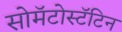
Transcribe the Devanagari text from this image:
सोमॅटोस्टॅटिन